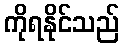
ကိုရနိုင်သည်